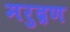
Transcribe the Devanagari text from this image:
मरुद्रण